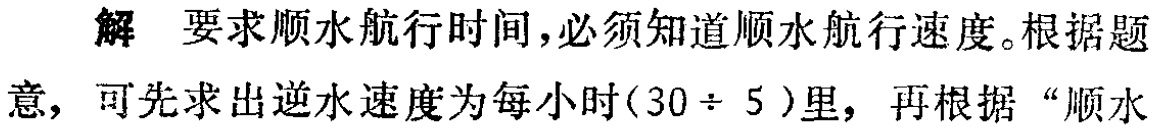
解 要求顺水航行时间,必须知道顺水航行速度。根据题意，可先求出逆水速度为每小时\((30 \div 5)\)里，再根据“顺水